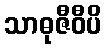
သာဓုဇီဝီပိ